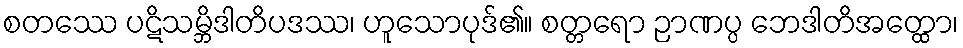
စတဿေ ပဋိသမ္ဘိဒါတိပဒဿ၊ ဟူသောပုဒ်၏။ စတ္တရော ဉာဏပ္ပ ဘေဒါတိအတ္ထော၊